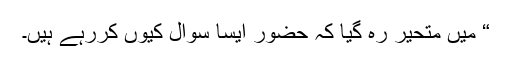
“ میں متحیر رہ گیا کہ حضور ایسا سوال کیوں کررہے ہیں۔